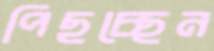
পিছচ্ছেন